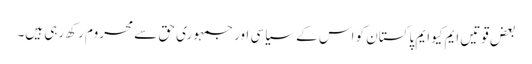
بعض قوتیں ایم کیوایم پاکستان کو اس کے سیاسی اور جمہوری حق سے محروم رکھ رہی ہیں۔